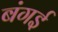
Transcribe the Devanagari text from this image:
बंगई